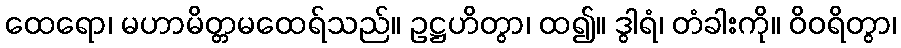
ထေရော၊ မဟာမိတ္တမထေရ်သည်။ ဥဋ္ဌဟိတွာ၊ ထ၍။ ဒွါရံ၊ တံခါးကို။ ဝိဝရိတွာ၊